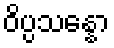
ဝိပ္ပသန္နော